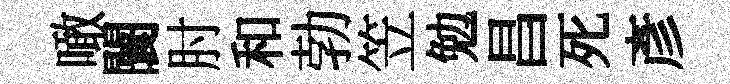
噉闤肘和勃笠勉昌死彥